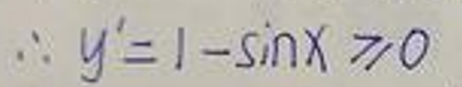
\(\therefore y' = 1 - \sin x\geqslant0\)